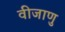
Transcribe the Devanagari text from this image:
वीजाणु